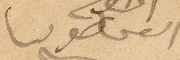
القس طوبيا